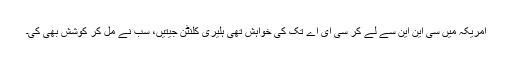
امریکہ میں سی این این سے لے کر سی ای اے تک کی خواہش تھی ہلیری کلنٹن جیتیں، سب نے مل کر کوشش بھی کی۔